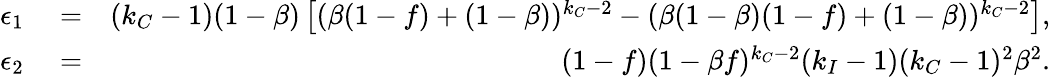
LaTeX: \begin{array}{rlr}{\epsilon_{1}}&{{}=}&{(k_{C}-1)(1-\beta)\left[(\beta(1-f)+(1-\beta))^{k_{C}-2}-(\beta(1-\beta)(1-f)+(1-\beta))^{k_{C}-2}\right],}\\ {\epsilon_{2}}&{{}=}&{(1-f)(1-\beta f)^{k_{C}-2}(k_{I}-1)(k_{C}-1)^{2}\beta^{2}.}\end{array}